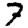
Digit: 7